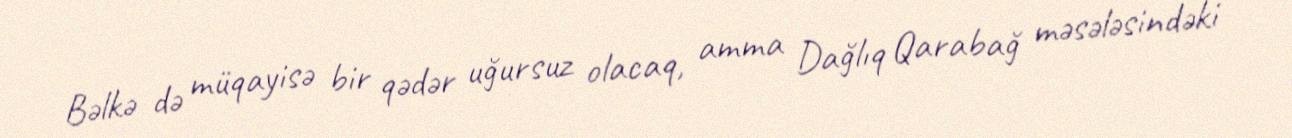
Bəlkə də müqayisə bir qədər uğursuz olacaq, amma Dağlıq Qarabağ məsələsindəki